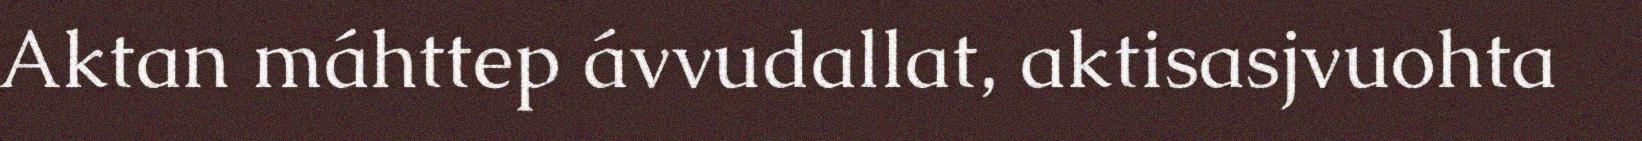
Aktan máhttep ávvudallat, aktisasjvuohta